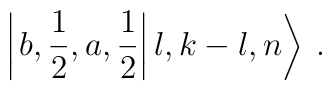
\left| \left. b,\frac{1}{2},a,\frac{1}{2}\right| l,k-l,n\right\rangle \: .